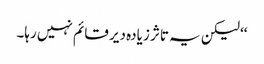
‘‘ لیکن یہ تاثر زیادہ دیر قائم نہیں رہا۔